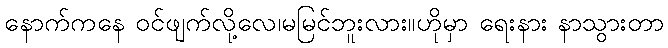
နောက်ကနေ ဝင်ဖျက်လို့လေ၊မမြင်ဘူးလား။ဟိုမှာ ရေးနား နာသွားတာ